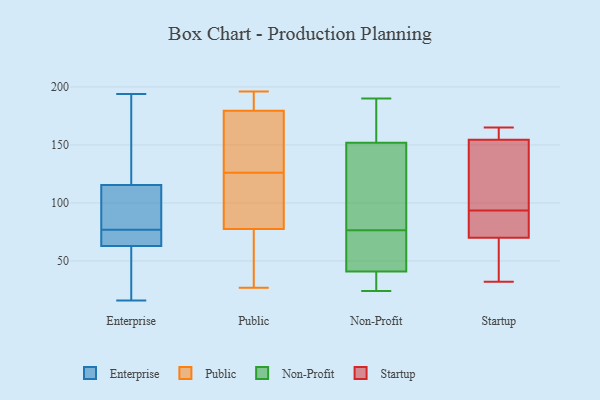
{"axis": {"x": "Churn Rate (%)", "y": "Value"}, "legend": ["Enterprise", "Non-Profit", "Public", "Startup"], "data": [{"x": "", "y": 101, "type": "Enterprise"}, {"x": "", "y": 111, "type": "Enterprise"}, {"x": "", "y": 69, "type": "Enterprise"}, {"x": "", "y": 78, "type": "Enterprise"}, {"x": "", "y": 16, "type": "Enterprise"}, {"x": "", "y": 120, "type": "Enterprise"}, {"x": "", "y": 67, "type": "Enterprise"}, {"x": "", "y": 40, "type": "Enterprise"}, {"x": "", "y": 55, "type": "Enterprise"}, {"x": "", "y": 73, "type": "Enterprise"}, {"x": "", "y": 73, "type": "Enterprise"}, {"x": "", "y": 25, "type": "Enterprise"}, {"x": "", "y": 90, "type": "Enterprise"}, {"x": "", "y": 76, "type": "Enterprise"}, {"x": "", "y": 147, "type": "Enterprise"}, {"x": "", "y": 126, "type": "Enterprise"}, {"x": "", "y": 135, "type": "Enterprise"}, {"x": "", "y": 80, "type": "Enterprise"}, {"x": "", "y": 194, "type": "Enterprise"}, {"x": "", "y": 59, "type": "Enterprise"}, {"x": "", "y": 195, "type": "Public"}, {"x": "", "y": 124, "type": "Public"}, {"x": "", "y": 27, "type": "Public"}, {"x": "", "y": 74, "type": "Public"}, {"x": "", "y": 172, "type": "Public"}, {"x": "", "y": 196, "type": "Public"}, {"x": "", "y": 88, "type": "Public"}, {"x": "", "y": 172, "type": "Public"}, {"x": "", "y": 38, "type": "Public"}, {"x": "", "y": 96, "type": "Public"}, {"x": "", "y": 182, "type": "Public"}, {"x": "", "y": 126, "type": "Public"}, {"x": "", "y": 137, "type": "Public"}, {"x": "", "y": 45, "type": "Public"}, {"x": "", "y": 182, "type": "Public"}, {"x": "", "y": 24, "type": "Non-Profit"}, {"x": "", "y": 190, "type": "Non-Profit"}, {"x": "", "y": 41, "type": "Non-Profit"}, {"x": "", "y": 141, "type": "Non-Profit"}, {"x": "", "y": 34, "type": "Non-Profit"}, {"x": "", "y": 75, "type": "Non-Profit"}, {"x": "", "y": 50, "type": "Non-Profit"}, {"x": "", "y": 78, "type": "Non-Profit"}, {"x": "", "y": 152, "type": "Non-Profit"}, {"x": "", "y": 159, "type": "Non-Profit"}, {"x": "", "y": 58, "type": "Startup"}, {"x": "", "y": 92, "type": "Startup"}, {"x": "", "y": 165, "type": "Startup"}, {"x": "", "y": 90, "type": "Startup"}, {"x": "", "y": 151, "type": "Startup"}, {"x": "", "y": 32, "type": "Startup"}, {"x": "", "y": 123, "type": "Startup"}, {"x": "", "y": 74, "type": "Startup"}, {"x": "", "y": 158, "type": "Startup"}, {"x": "", "y": 95, "type": "Startup"}, {"x": "", "y": 158, "type": "Startup"}, {"x": "", "y": 66, "type": "Startup"}]}